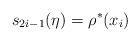
LaTeX: \begin{align*} s_{2i-1}(\eta) = \rho^*(x_i)\end{align*}